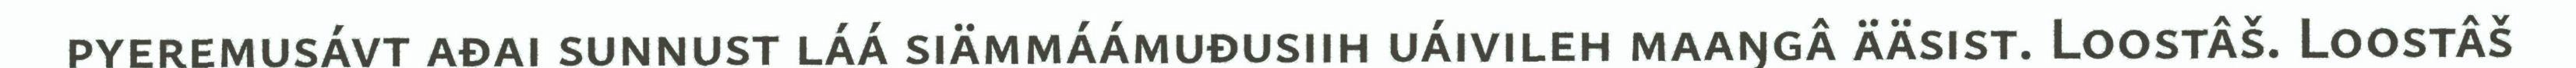
pyeremusávt ađai sunnust láá siämmáámuđusiih uáivileh maaŋgâ ääsist. Loostâš. Loostâš